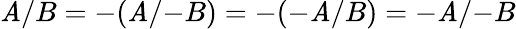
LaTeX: \mathit{A}/B=-(\mathit{A}/{-B})=-(-\mathit{A}/B)=-\mathit{A}/{-B}